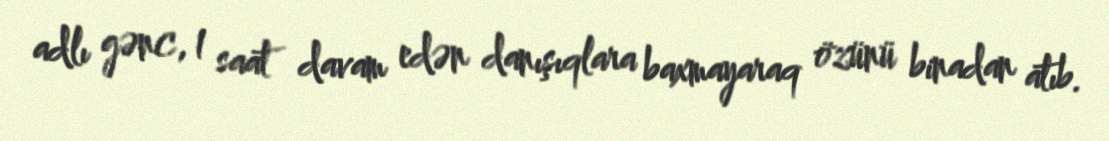
adlı gənc, 1 saat davam edən danışıqlara baxmayaraq özünü binadan atıb.